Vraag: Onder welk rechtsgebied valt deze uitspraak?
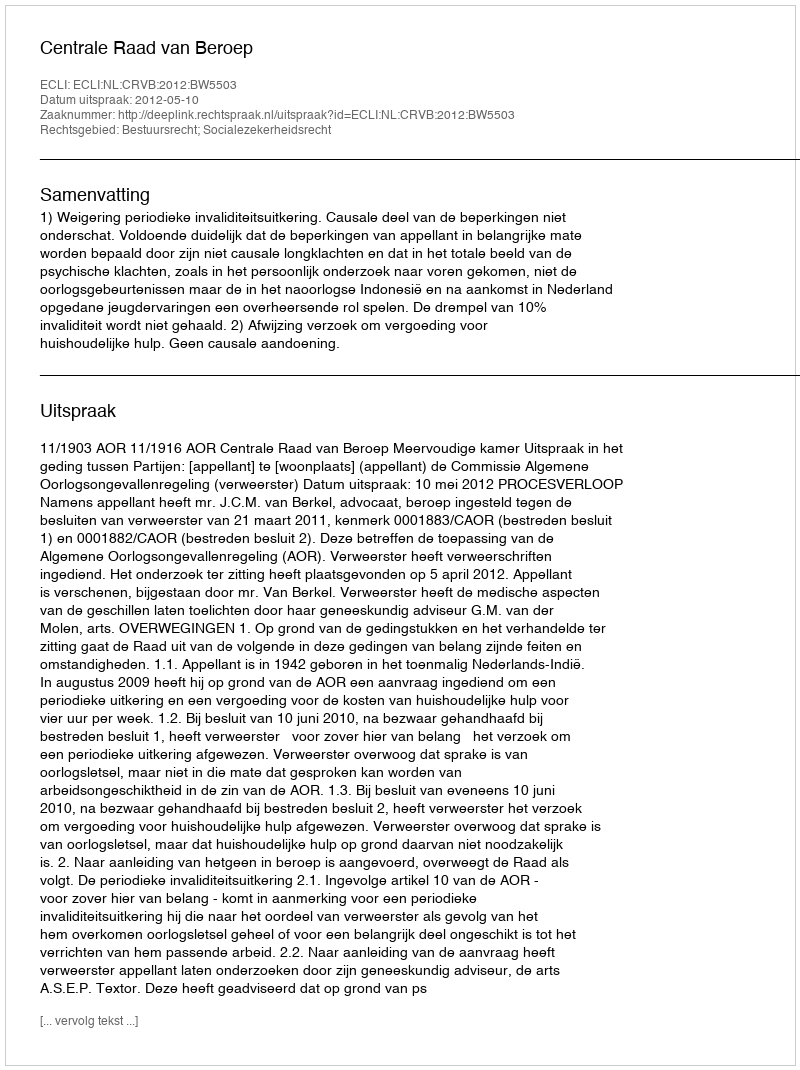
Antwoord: Bestuursrecht; Socialezekerheidsrecht